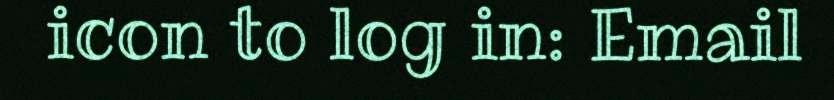
icon to log in: Email